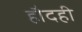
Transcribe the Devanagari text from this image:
हौदही